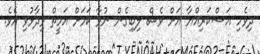
ދިވެހި އަސްކަރިއްޔާ އަށް ވެސް ލިބިގެން ނުވާ ކަމަށް އަމީތް ވިދާޅުވި އެވެ.